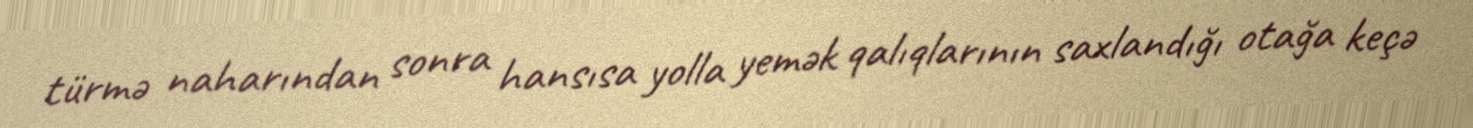
türmə naharından sonra hansısa yolla yemək qalıqlarının saxlandığı otağa keçə